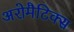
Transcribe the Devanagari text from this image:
अरोमैटिक्स